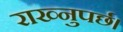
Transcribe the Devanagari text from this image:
राख्नुपर्छ।